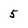
Character: 5